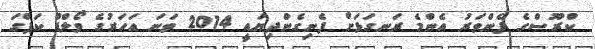
ކްރޫސްގެ ފެންވަރު އެންމެ ރަނގަޅަށް ފެނިގެންދިޔައީ 2014 ވަނަ އަހަރުގެ ވޯލްޑް ކަޕްގަ